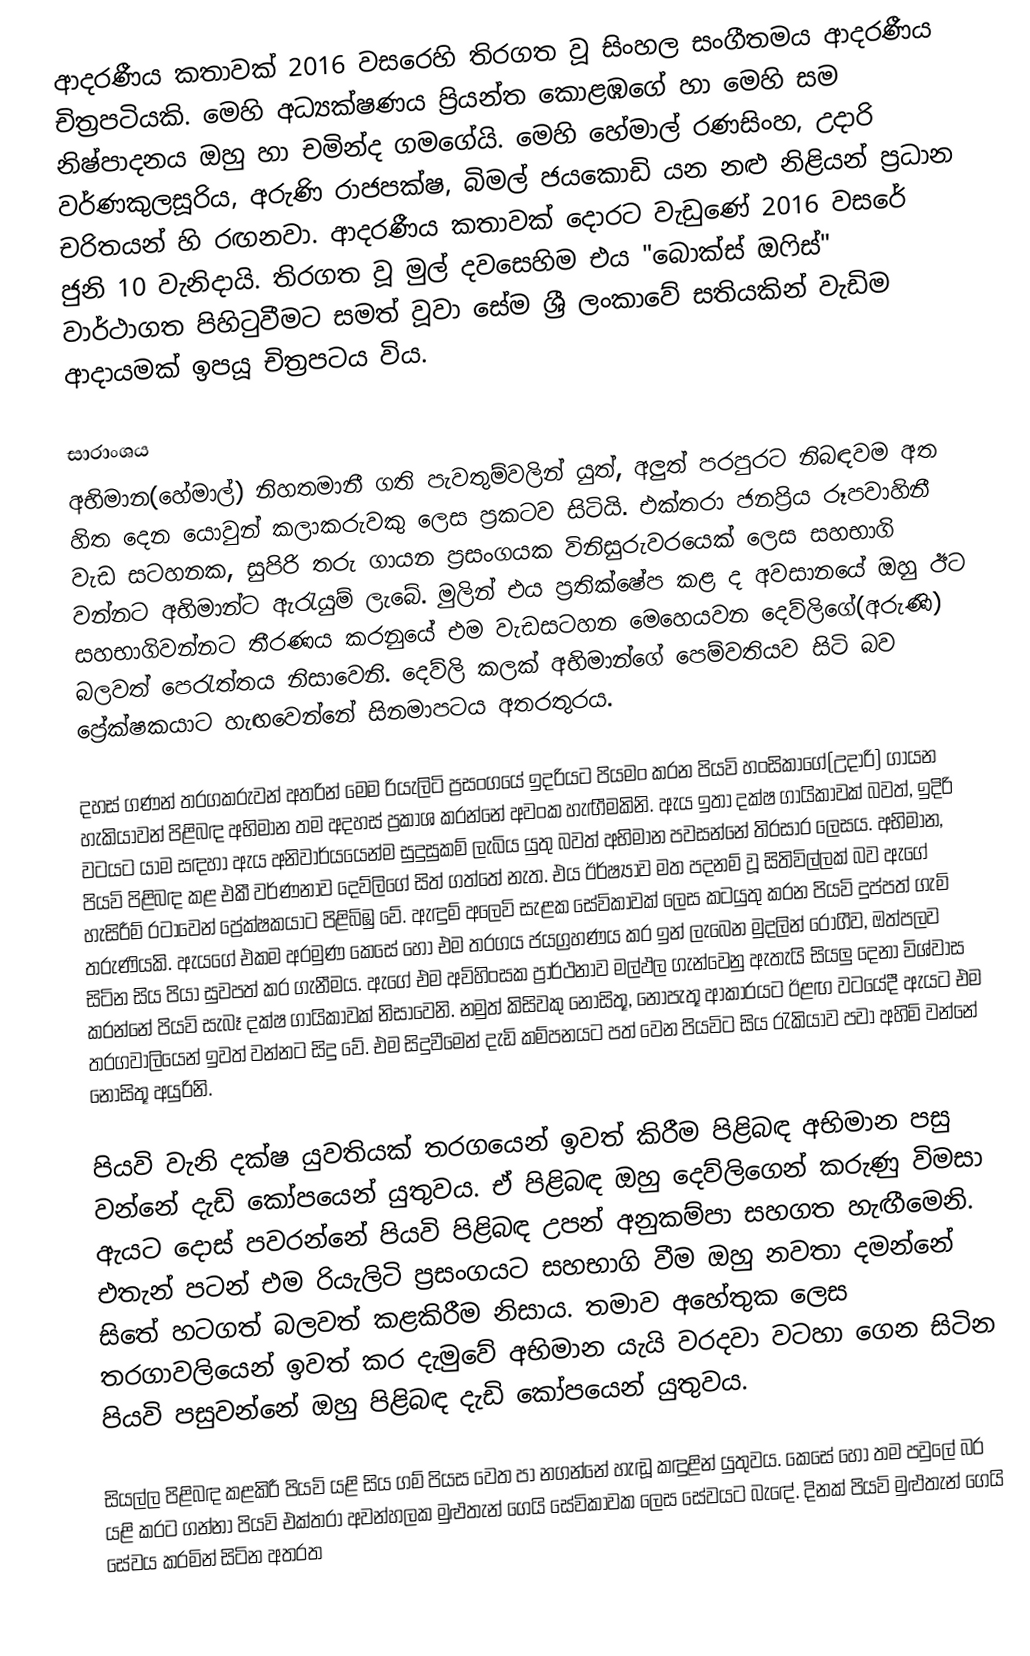
ආදරණීය කතාවක් 2016 වසරෙහි තිරගත වූ සිංහල සංගීතමය ආදරණීය චිත්‍රපටියකි. මෙහි අධ්‍යක්ෂණය ප්‍රියන්ත කොළඹගේ හා මෙහි සම නිෂ්පාදනය ඔහු හා චමින්ද ගමගේයි. මෙහි හේමාල් රණසිංහ, උදාරි වර්ණකුලසූරිය, අරුණි රාජපක්ෂ, බිමල් ජයකොඩි යන නළු නිළියන් ප්‍රධාන චරිතයන් හි රඟනවා. ආදරණීය කතාවක් දොරට වැඩුණේ 2016 වසරේ ජුනි 10 වැනිදායි. තිරගත වූ මුල් දවසෙහිම එය "බොක්ස් ඔෆිස්" වාර්ථාගත පිහිටුවීමට සමත් වූවා සේම ශ්‍රී ලංකාවේ සතියකින් වැඩිම ආදායමක් ඉපයූ චිත්‍රපටය විය.

සාරාංශය
අභිමාන(හේමාල්) නිහතමානී ගති පැවතුම්වලින් යුත්, අලුත් පරපුරට නිබඳවම අත හිත දෙන යොවුන් කලාකරුවකු ලෙස ප්‍රකටව සිටියි. එක්තරා ජනප්‍රිය රූපවාහිනී වැඩ සටහනක, සුපිරි තරු ගායන ප්‍රසංගයක විනිසුරුවරයෙක් ලෙස සහභාගි වන්නට අභිමාන්ට ඇරැයුම් ලැබේ. මුලින් එය ප්‍රතික්ෂේප කළ ද අවසානයේ ඔහු ඊට සහභාගිවන්නට තීරණය කරනුයේ එම වැඩසටහන මෙහෙයවන දෙව්ලිගේ(අරුණි) බලවත් පෙරැත්තය නිසාවෙනි. දෙව්ලි කලක් අභිමාන්ගේ පෙම්වතියව සිටි බව ප්‍රේක්ෂකයාට හැඟවෙන්නේ සිනමාපටය අතරතුරය.

දහස් ගණන් තරගකරුවන් අතරින් මෙම රියැලිටි ප්‍රසංගයේ ඉදරියට පියමං කරන පියවි හංසිකාගේ(උදාරි) ගායන හැකියාවන් පිළිබඳ අභිමාන තම අදහස් ප්‍රකාශ කරන්නේ අවංක හැඟීමකිනි. ඇය ඉතා දක්ෂ ගායිකාවක් බවත්, ඉදිරි වටයට යාම සඳහා ඇය අනිවාර්යයෙන්ම සුදුසුකම් ලැබිය යුතු බවත් අභිමාන පවසන්නේ තිරසාර ලෙසය. අභිමාන, පියවි පිළිබඳ කළ එකී වර්ණනාව දෙව්ලිගේ සිත් ගත්තේ නැත. එය ඊර්ෂ්‍යාව මත පදනම් වූ සිතිවිල්ලක් බව ඇගේ හැසිරීම් රටාවෙන් ප්‍රේක්ෂකයාට පිළිබිඹු වේ. ඇඳුම් අලෙවි සැළක සේවිකාවක් ලෙස කටයුතු කරන පියවි දුප්පත් ගැමි තරුණියකි. ඇයගේ එකම අරමුණ කෙසේ හෝ එම තරගය ජයග්‍රහණය කර ඉන් ලැබෙන මුදලින් රෝගීව, ඔත්පලව සිටින සිය පියා සුවපත් කර ගැනීමය. ඇගේ එම අවිහිංසක ප්‍රාර්ථනාව මල්ඵල ගැන්වෙනු ඇතැයි සියලු දෙනා විශ්වාස කරන්නේ පියවි සැබෑ දක්ෂ ගායිකාවක් නිසාවෙනි. නමුත් කිසිවකු නොසිතූ, නොපැතූ ආකාරයට ඊළඟ වටයේදී ඇයට එම තරගවාලියෙන් ඉවත් වන්නට සිදු වේ. එම සිදුවීමෙන් දැඩි කම්පනයට පත් වෙන පියවිට සිය රැකියාව පවා අහිමි වන්නේ නොසිතූ අයුරිනි.

පියවි වැනි දක්ෂ යුවතියක් තරගයෙන් ඉවත් කිරීම පිළිබඳ අභිමාන පසු වන්නේ දැඩි කෝපයෙන් යුතුවය. ඒ පිළිබඳ ඔහු දෙව්ලිගෙන් කරුණු විමසා ඇයට දොස් පවරන්නේ පියවි පිළිබඳ උපන් අනුකම්පා සහගත හැඟීමෙනි. එතැන් පටන් එම රියැලිටි ප්‍රසංගයට සහභාගි වීම ඔහු නවතා දමන්නේ සිතේ හටගත් බලවත් කළකිරීම නිසාය. තමාව අහේතුක ලෙස තරගාවලියෙන් ඉවත් කර දැමුවේ අභිමාන යැයි වරදවා වටහා ගෙන සිටින පියවි පසුවන්නේ ඔහු පිළිබඳ දැඩි කෝපයෙන් යුතුවය.

සියල්ල පිළිබඳ කළකිරී පියවි යළි සිය ගම් පියස වෙත පා නගන්නේ හැඬූ කඳුළින් යුතුවය. කෙසේ හෝ තම පවුලේ බර යළි කරට ගන්නා පියවි එක්තරා අවන්හලක මුළුතැන් ගෙයි සේවිකාවක ලෙස සේවයට බැඳේ. දිනක් පියවි මුළුතැන් ගෙයි සේවය කරමින් සිටින අතරත